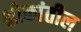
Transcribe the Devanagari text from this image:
श्लोकांतील